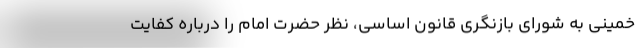
خمینی به شورای بازنگری قانون اساسی، نظر حضرت امام را درباره کفایت